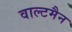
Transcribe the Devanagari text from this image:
वाल्टमैन